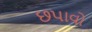
છપાવો